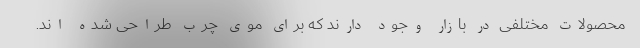
محصولات مختلفی در بازار وجود دارند که برای موی چرب طراحی شده اند.